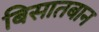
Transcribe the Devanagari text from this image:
बिसातबान